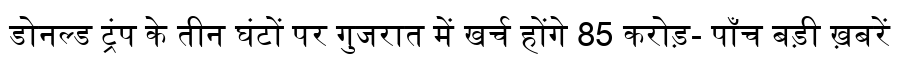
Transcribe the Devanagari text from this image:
डोनल्ड ट्रंप के तीन घंटों पर गुजरात में खर्च होंगे 85 करोड़- पाँच बड़ी ख़बरें